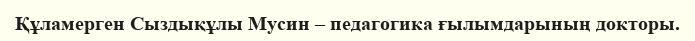
Құламерген Сыздықұлы Мусин – педагогика ғылымдарының докторы.